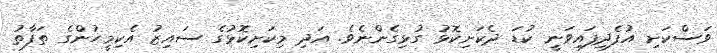
ވަސްކަށި އުފެދިފައިވަނީ ކުޑަ ދެކަށިކޮޅު ގުޅިގެންނެވެ. އަދި މިކަށިކޮޅުގެ ސައިޒު އެކިމީހުންގެ ތަފާތު